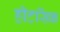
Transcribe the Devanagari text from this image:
हीटसिंक